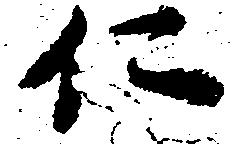
に